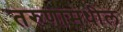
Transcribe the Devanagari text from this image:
तरुणामधील